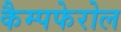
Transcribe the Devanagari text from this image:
कैम्पफेरोल